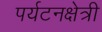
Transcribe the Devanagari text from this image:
पर्यटनक्षेत्री